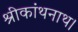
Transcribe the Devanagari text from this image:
श्रीकांथनाथ।